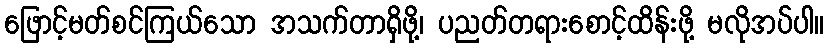
ဖြောင့်မတ်စင်ကြယ်သော အသက်တာရှိဖို့၊ ပညတ်တရားစောင့်ထိန်းဖို့ မလိုအပ်ပါ။